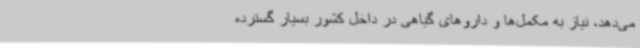
می‌دهد، نیاز به مکمل‌ها و داروهای گیاهی در داخل کشور بسیار گسترده